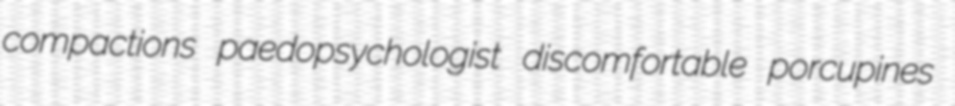
compactions paedopsychologist discomfortable porcupines